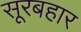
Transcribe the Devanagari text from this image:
सूरबहार